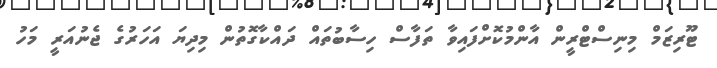
ޓޫރިޒަމް މިނިސްޓްރީން އާންމުކޮށްފައިވާ ތަފާސް ހިސާބުތައް ދައްކާގޮތުން މިދިޔަ އަހަރުގެ ޖެނުއަރީ މަހު